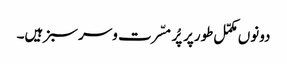
دونوں مکمّل طورپر پُر مسّرت وسرسبز ہیں۔